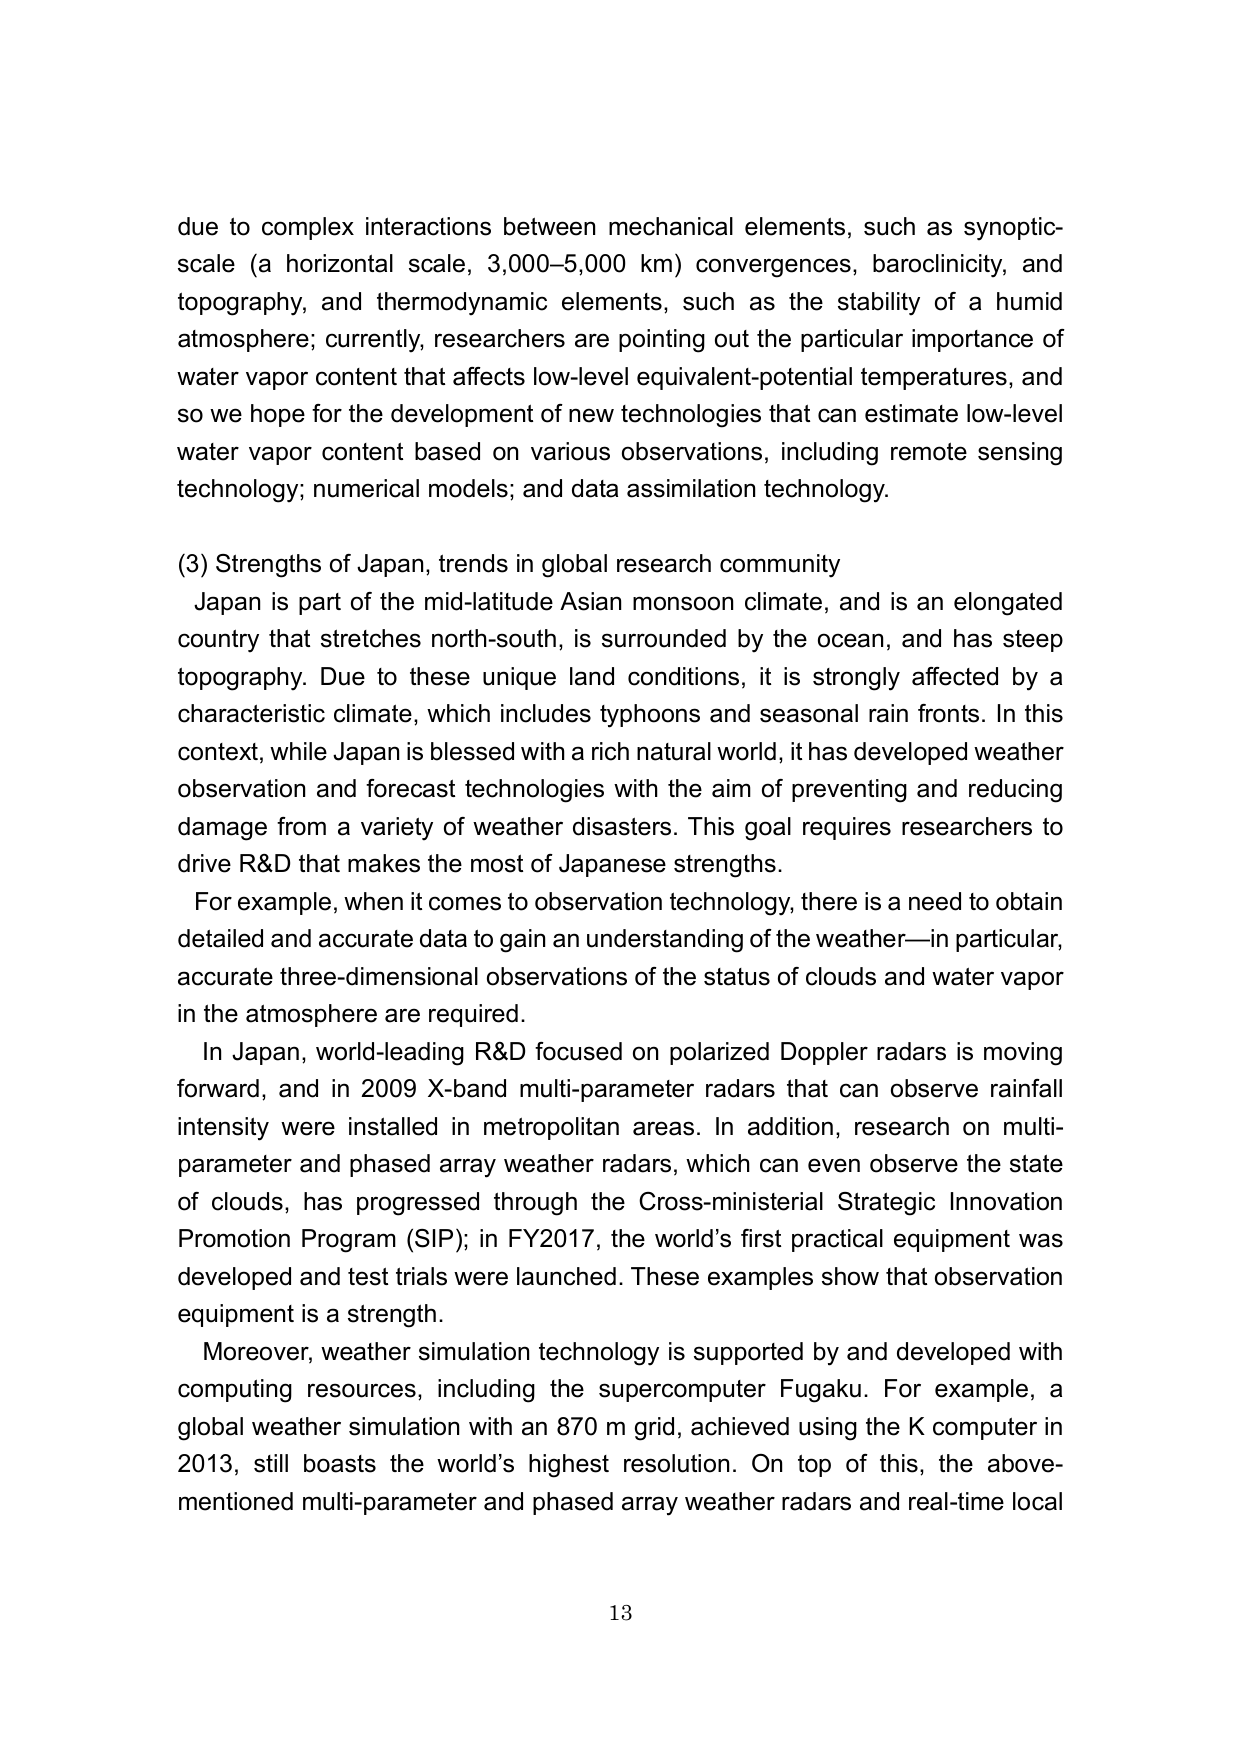
due to complex interactions between mechanical elements, such as synoptic-scale (a horizontal scale, 3,000–5,000 km) convergences, baroclinicity, and topography, and thermodynamic elements, such as the stability of a humid atmosphere; currently, researchers are pointing out the particular importance of water vapor content that affects low-level equivalent-potential temperatures, and so we hope for the development of new technologies that can estimate low-level water vapor content based on various observations, including remote sensing technology; numerical models; and data assimilation technology.

(3) Strengths of Japan, trends in global research community
Japan is part of the mid-latitude Asian monsoon climate, and is an elongated country that stretches north-south, is surrounded by the ocean, and has steep topography. Due to these unique land conditions, it is strongly affected by a characteristic climate, which includes typhoons and seasonal rain fronts. In this context, while Japan is blessed with a rich natural world, it has developed weather observation and forecast technologies with the aim of preventing and reducing damage from a variety of weather disasters. This goal requires researchers to drive R&D that makes the most of Japanese strengths.
For example, when it comes to observation technology, there is a need to obtain detailed and accurate data to gain an understanding of the weather—in particular, accurate three-dimensional observations of the status of clouds and water vapor in the atmosphere are required.
In Japan, world-leading R&D focused on polarized Doppler radars is moving forward, and in 2009 X-band multi-parameter radars that can observe rainfall intensity were installed in metropolitan areas. In addition, research on multi-parameter and phased array weather radars, which can even observe the state of clouds, has progressed through the Cross-ministerial Strategic Innovation Promotion Program (SIP); in FY2017, the world’s first practical equipment was developed and test trials were launched. These examples show that observation equipment is a strength.
Moreover, weather simulation technology is supported by and developed with computing resources, including the supercomputer Fugaku. For example, a global weather simulation with an 870 m grid, achieved using the K computer in 2013, still boasts the world’s highest resolution. On top of this, the above-mentioned multi-parameter and phased array weather radars and real-time local

13